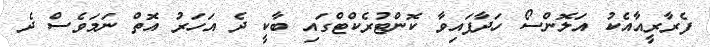
ފެރާރީއާއެކު އަލޮންސޯ ހަދާފައިވާ ކޮންޓުރެކްޓްގައި ބާކީ ދެ އަހަރު އޮތް ނަމަވެސް ދެ